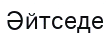
Әйтседе